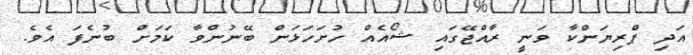
އަދި ޕްރިޔަންކާ ވަނީ ރާއްޖޭގައި ޝޯއެއް ހުށަހަޅަން ބޭނުންވާ ކަމަށް ބުނެފަ އެވެ.